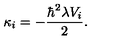
\kappa _ { i } = - \frac { \hbar ^ { 2 } \lambda V _ { i } } { 2 } .